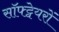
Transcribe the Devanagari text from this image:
सॉफ्ट्वेयरों